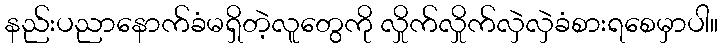
နည်းပညာနောက်ခံမရှိတဲ့လူတွေကို လှိုက်လှိုက်လှဲလှဲခံစားရစေမှာပါ။